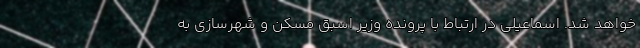
خواهد شد. اسماعیلی در ارتباط با پرونده وزیر اسبق مسکن و شهرسازی به